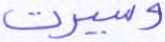
وسيرت